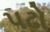
પઢો